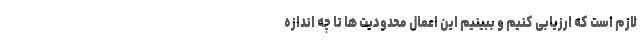
لازم است که ارزیابی کنیم و ببینیم این اعمال محدودیت ها تا چه اندازه